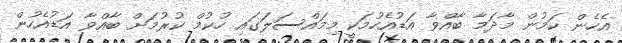
އެހެން ކަމުން މާދަމާ ބާއްވާ އަޑުއެހުމަކީ މިމައްސަލަގައި ހުކުމް ކުރުމަށް ބާއްވާ އަޑުއެހުން